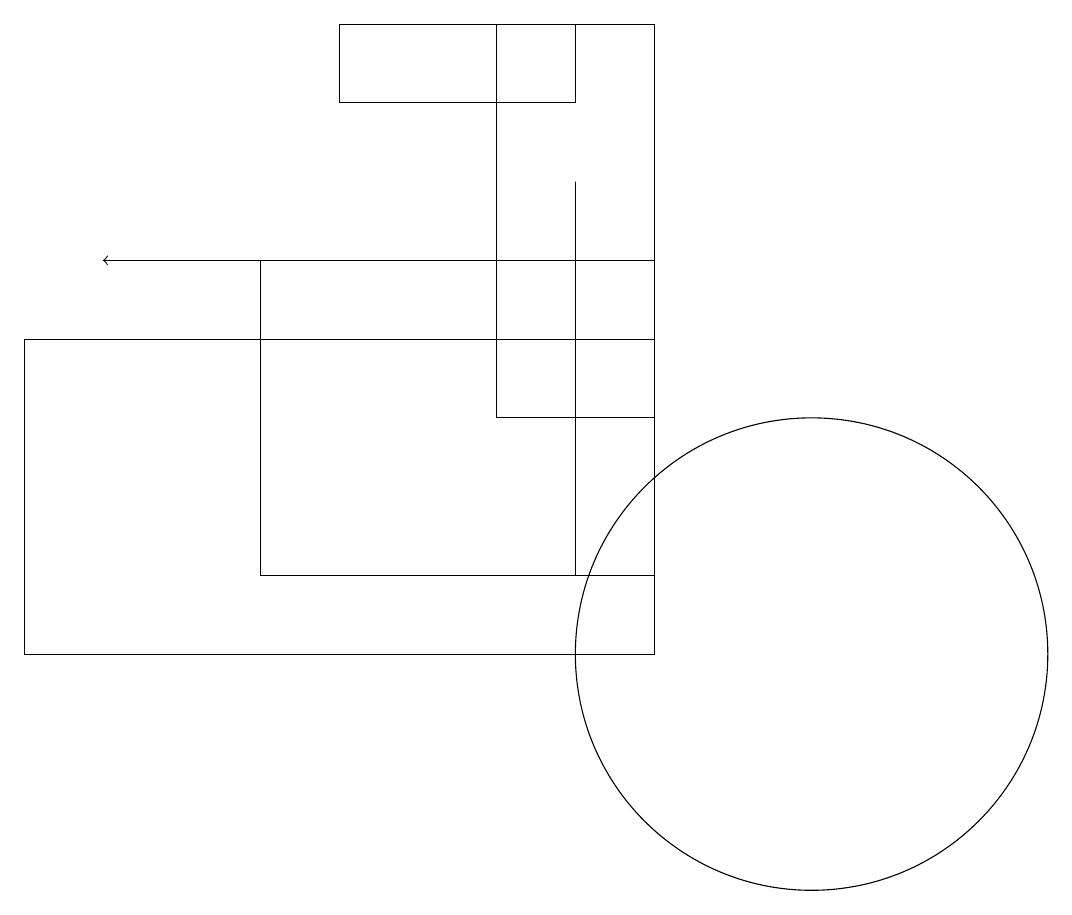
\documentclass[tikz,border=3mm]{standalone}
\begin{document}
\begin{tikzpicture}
\draw[->] (6,16) -- (2,16);
\draw (8,12) rectangle (8,17);
\draw (7,14) rectangle (9,19);
\draw (1,11) rectangle (9,15);
\draw (8,19) rectangle (5,18);
\draw (11,11) circle (3);
\draw (4,16) rectangle (9,12);
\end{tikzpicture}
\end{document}